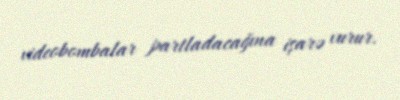
videobombalar partladacağına işarə vurur.